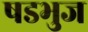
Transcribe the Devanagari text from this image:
षडभुज